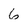
Character: 6